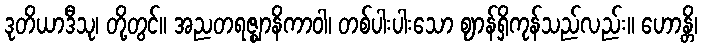
ဒုတိယာဒီသု၊ တို့တွင်။ အညတရဇ္ဈာနိကာဝါ၊ တစ်ပါးပါးသော ဈာန်ရှိကုန်သည်လည်း။ ဟောန္တိ၊